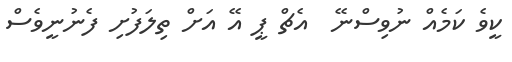
ކީވެ ކަމެއް ނުވިސްނޭ  އެޗް ޕީ އޭ އަށް ތިލަފުށި ފެނުނީވެސް